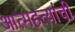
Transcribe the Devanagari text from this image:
आत्महत्यांची